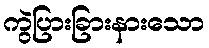
ကွဲပြားခြားနားသော